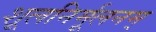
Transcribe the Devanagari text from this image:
शूलनिर्मूलनम्